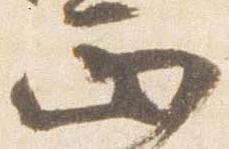
正